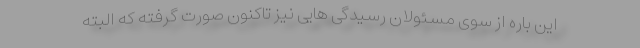
این باره از سوی مسئولان رسیدگی هایی نیز تاکنون صورت گرفته که البته